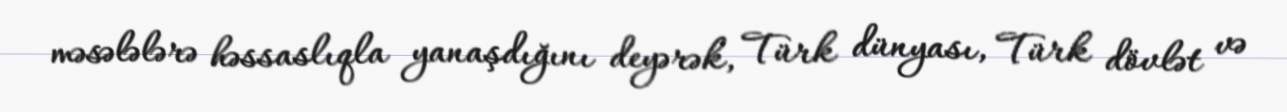
məsələlərə həssaslıqla yanaşdığını deyərək, Türk dünyası, Türk dövlət və